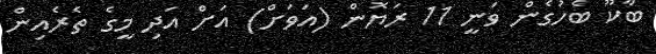
ބާކޫ ބެހުގެން ވަނީ 11 ރަޔޮން (އަވަށް) އަށް އަދި މީގެ ތެރެއިން